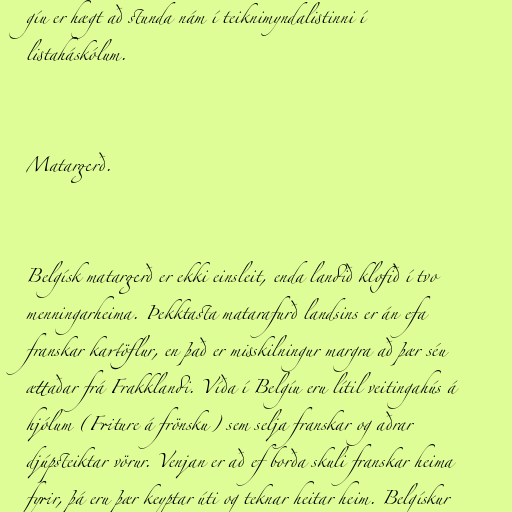
gíu er hægt að stunda nám í teiknimyndalistinni í
listaháskólum.

Matargerð.

Belgísk matargerð er ekki einsleit, enda landið klofið í tvo
menningarheima. Þekktasta matarafurð landsins er án efa
franskar kartöflur, en það er misskilningur margra að þær séu
ættaðar frá Frakklandi. Víða í Belgíu eru lítil veitingahús á
hjólum (Friture á frönsku) sem selja franskar og aðrar
djúpsteiktar vörur. Venjan er að ef borða skuli franskar heima
fyrir, þá eru þær keyptar úti og teknar heitar heim. Belgískur